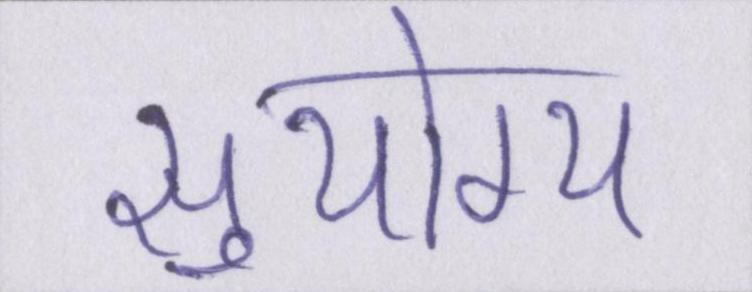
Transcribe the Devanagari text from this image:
सुयोग्य